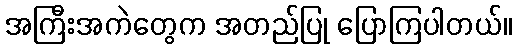
အကြီးအကဲတွေက အတည်ပြု ပြောကြပါတယ်။